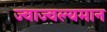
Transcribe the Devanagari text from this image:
ज्वाज्वल्यमान